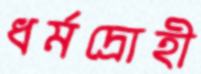
ধর্মদ্রোহী